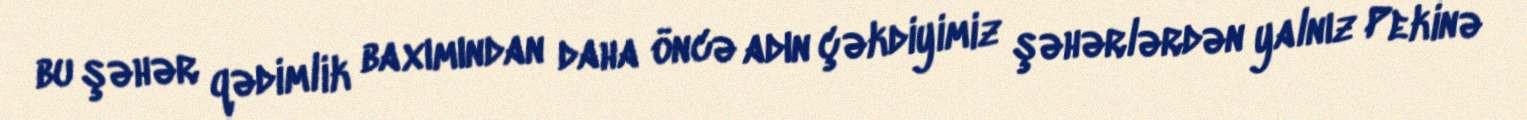
bu şəhər qədimlik baxımından daha öncə adın çəkdiyimiz şəhərlərdən yalnız Pekinə